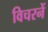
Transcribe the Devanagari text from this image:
विचरनें